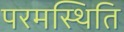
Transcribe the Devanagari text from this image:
परमस्थिति